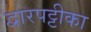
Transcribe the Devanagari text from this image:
द्वारपट्टीका